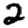
Digit: 2